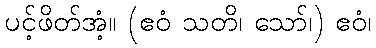
ပင့်ဖိတ်အံ့။ (ဧဝံ သတိ၊ သော်၊) ဧဝံ၊